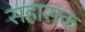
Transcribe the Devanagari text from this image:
सहासक